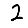
Digit: 2